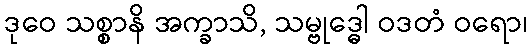
ဒုဝေ သစ္စာနိ အက္ခာသိ, သမ္ဗုဒ္ဓေါ ဝဒတံ ဝရော၊